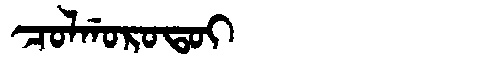
Manchu: ᠴᠣᠯᡤᠣᡵᠣᡨᠣᡳ
Romanization: COLGOROTOI